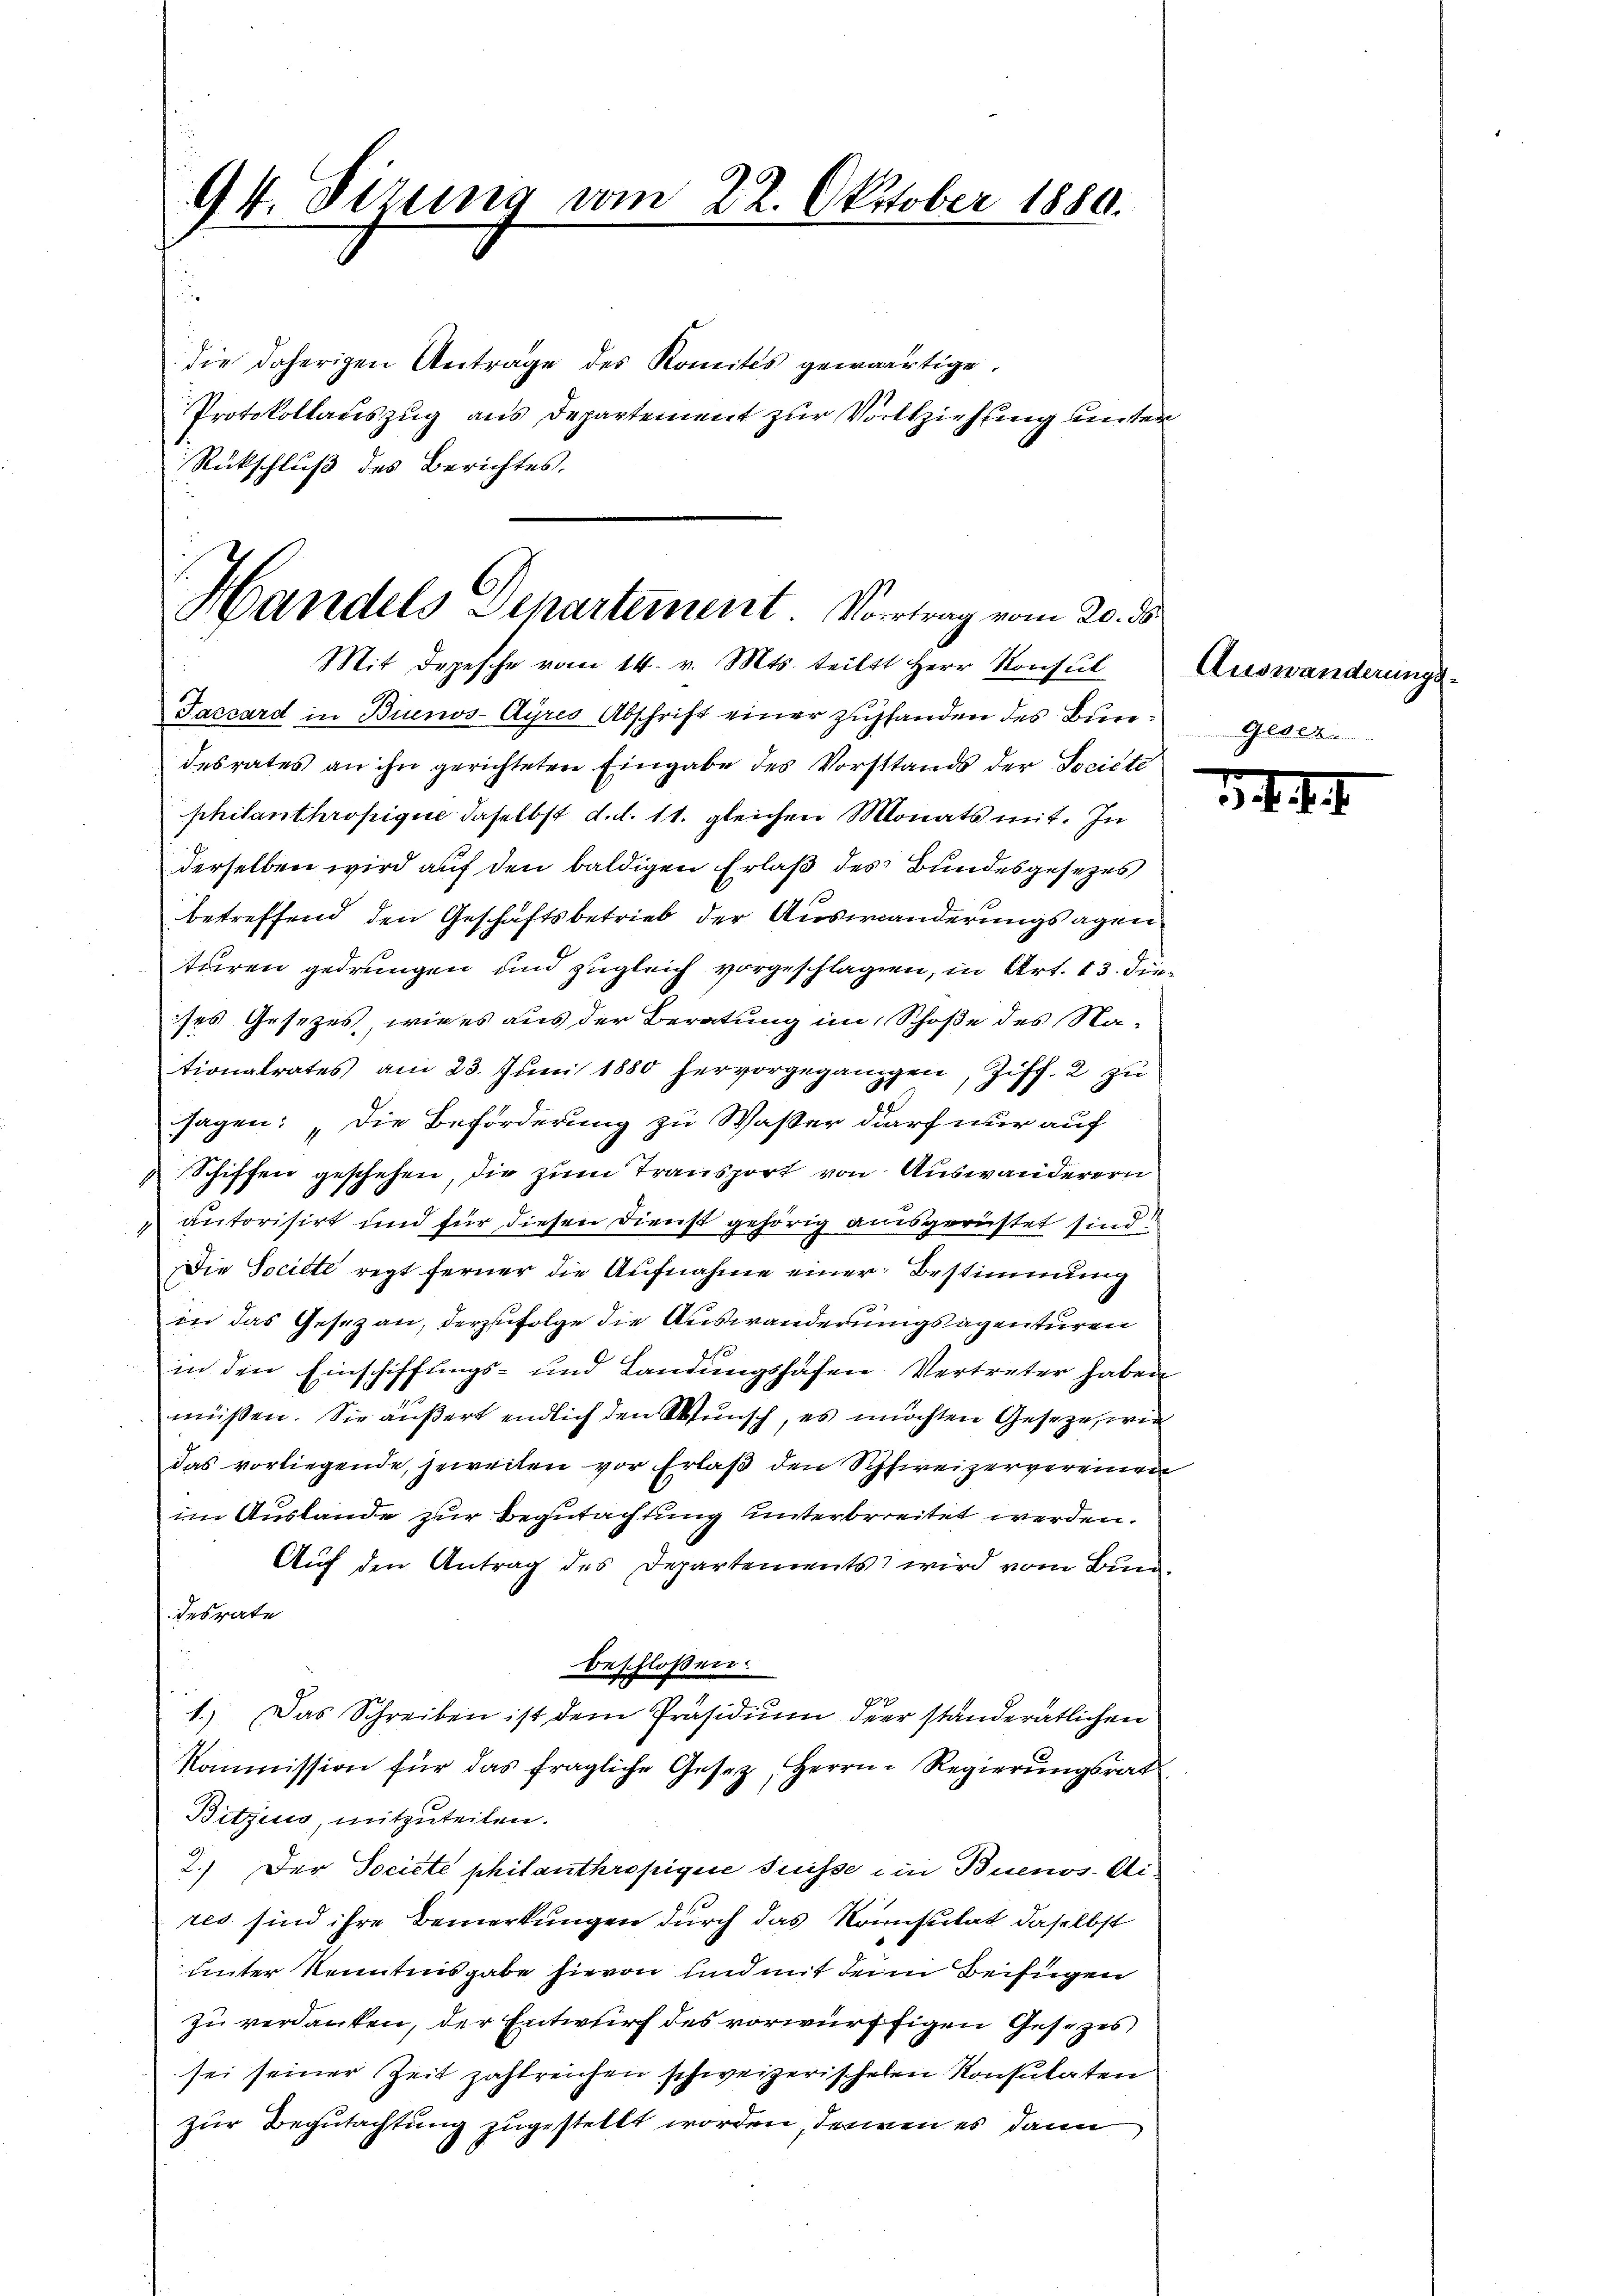
94. Sizung vom 22. Oktober 1880.

die daherigen Antrage des Komites gewärtige.
Protokollauszug aus Departement zur Vorziehung unter
Rückschluß des Berichtes.

Handels Departement. Vortrag vom 20. ds.
Mit Depesche vom 14. v. Mts. teilt Herr Konsul

Faccard in Binos-Ayres Abschrift einer zufanden des Bundesrates an ihn gerichteten Eingabe des Vorstands der Societe
philanthropique daselbst d. d. 11. gleichen Monats mit. In
derselben wird auf den baldigen Erlaß des Bundesgesezes
betreffend den Geschäftsbetrieb der Auswanderungsagen
tären gedrungen und zugleich vorgeschlagen, in Art. 13. Dieses Gesezes, wie es aus der Beratung im Schoße des Nationalrates am 23. Juni 1880 hervorgegangen, Ziff. 2 zu
sagen: „Die Beförderung zu Waßer darf nur auf
 Schiffen geschehen, die zum Transport von Auswanderern
" autorisirt und für diesen Dienst gehörig ausgerüstet sind!
Die Societe regt ferner die Aufnahme einer Bestimmung
in das Gesezau, derzufolge die Auswanderungsagenturen
.
in den Einschiffungs- und Landingshafen. Vertreter haben
müssen. Sie äußert endlich den Wunsch, es möchten Gesetze, wie
das vorliegende, jeweilen vor Erlaß den Schweizervereinen
im Auslande zur Begutachtung unterbreitet werden.
Auf den Antrag des Departements wird vom Bundesrate
beschloßen:
1.) Das Schreiben ist dem Präsidium der ständerätlichen
Kommission für das fragliche Gesetz, Herrn Regierŭngsrat
Bitzins, mitzuteilen.
2.) Der Societe philanthropiquie Suisse ein Buenos-Aires sind ihre Bemerkungen durch das Konsultat daselbst
unter kenntnisgabe hievon und mit dem Beifügen
zu verdanken, der Entwurf des vorwürftigen Gesezes
sei seiner Zeit zahlreichen schweizerischelen Konsulaten
zur Begutachtung zugestellt worden, dennen es dann

Auswanderung
Gelb

3

.